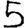
Digit: 5